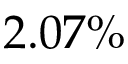
2 . 0 7 \%